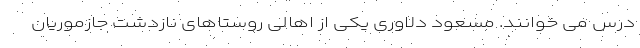
درس می خوانند. مسعود دلاوری یکی از اهالی روستاهای نازدشت جازموریان